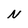
Character: N